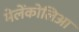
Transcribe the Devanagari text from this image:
मेलेंकोलिआ